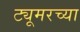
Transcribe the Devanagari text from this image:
ट्यूमरच्या